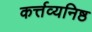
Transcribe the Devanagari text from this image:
कर्त्तव्यनिष्ठ